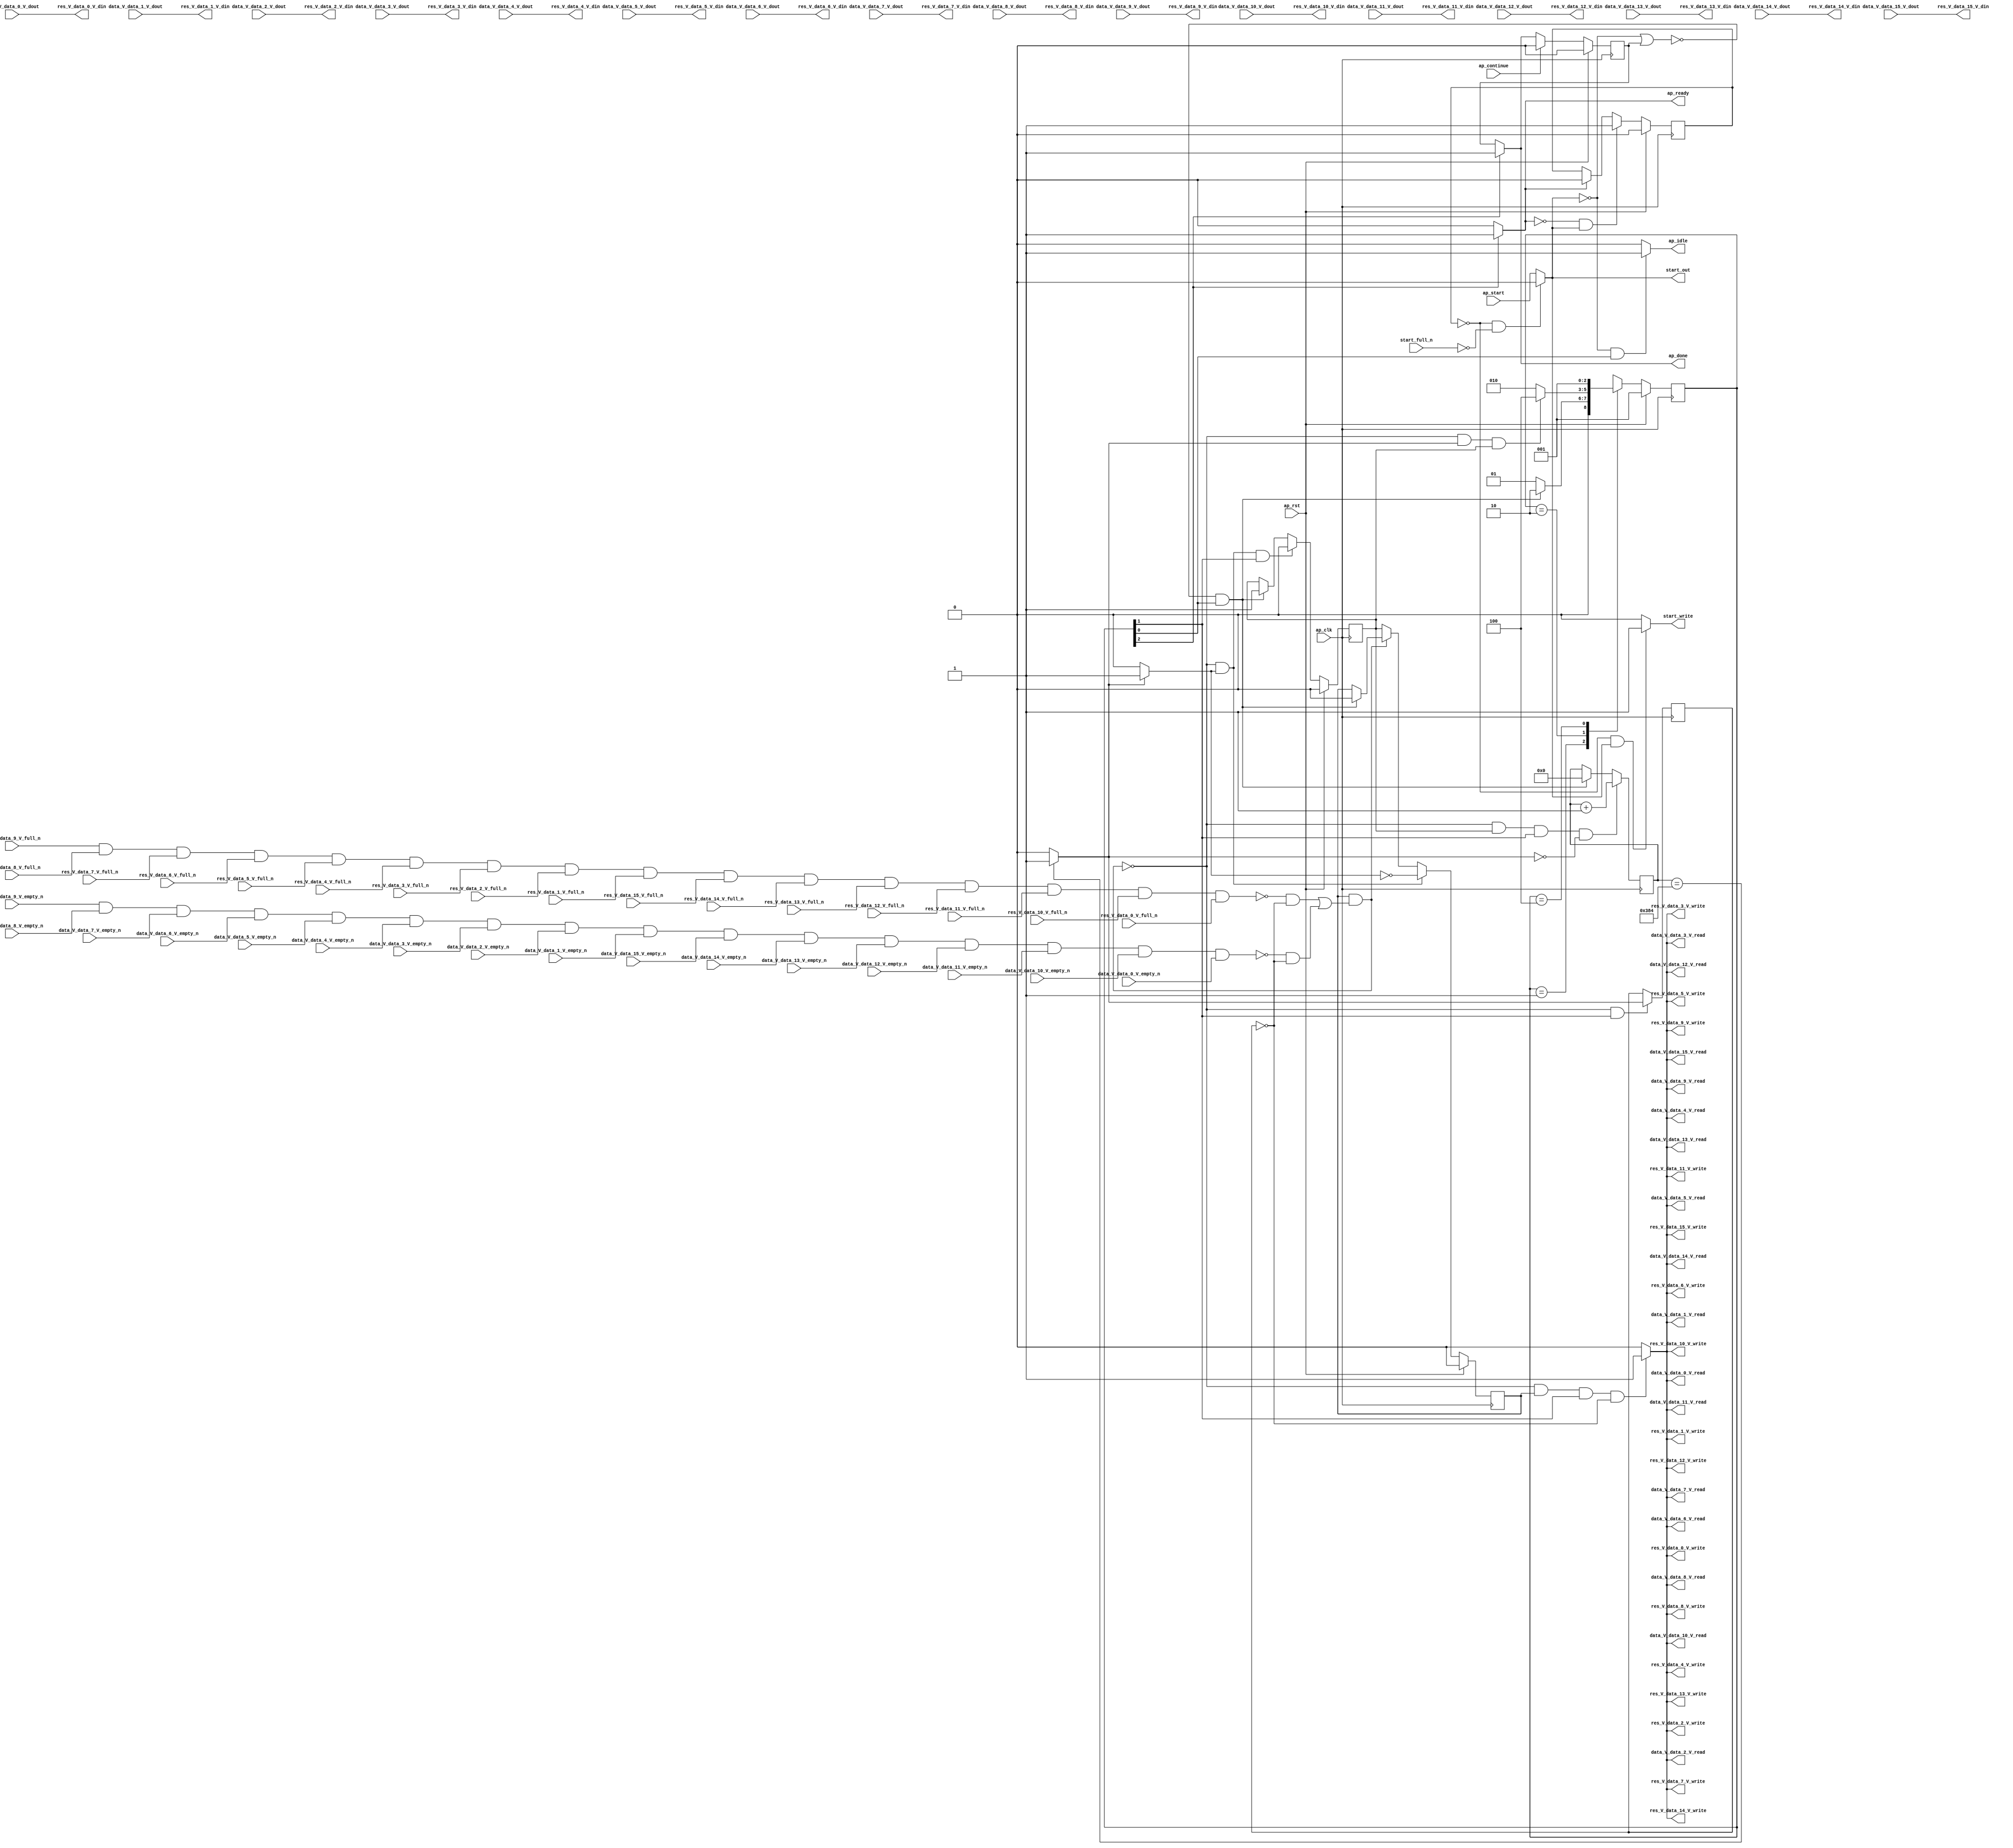
// ==============================================================
// RTL generated by Vivado(TM) HLS - High-Level Synthesis from C, C++ and OpenCL
// Version: 2019.2
// Copyright (C) 1986-2019 Xilinx, Inc. All Rights Reserved.
// 
// ===========================================================

`timescale 1 ns / 1 ps 

module linear_array_array_ap_fixed_16u_linear_config3_s (
        ap_clk,
        ap_rst,
        ap_start,
        start_full_n,
        ap_done,
        ap_continue,
        ap_idle,
        ap_ready,
        start_out,
        start_write,
        data_V_data_0_V_dout,
        data_V_data_0_V_empty_n,
        data_V_data_0_V_read,
        data_V_data_1_V_dout,
        data_V_data_1_V_empty_n,
        data_V_data_1_V_read,
        data_V_data_2_V_dout,
        data_V_data_2_V_empty_n,
        data_V_data_2_V_read,
        data_V_data_3_V_dout,
        data_V_data_3_V_empty_n,
        data_V_data_3_V_read,
        data_V_data_4_V_dout,
        data_V_data_4_V_empty_n,
        data_V_data_4_V_read,
        data_V_data_5_V_dout,
        data_V_data_5_V_empty_n,
        data_V_data_5_V_read,
        data_V_data_6_V_dout,
        data_V_data_6_V_empty_n,
        data_V_data_6_V_read,
        data_V_data_7_V_dout,
        data_V_data_7_V_empty_n,
        data_V_data_7_V_read,
        data_V_data_8_V_dout,
        data_V_data_8_V_empty_n,
        data_V_data_8_V_read,
        data_V_data_9_V_dout,
        data_V_data_9_V_empty_n,
        data_V_data_9_V_read,
        data_V_data_10_V_dout,
        data_V_data_10_V_empty_n,
        data_V_data_10_V_read,
        data_V_data_11_V_dout,
        data_V_data_11_V_empty_n,
        data_V_data_11_V_read,
        data_V_data_12_V_dout,
        data_V_data_12_V_empty_n,
        data_V_data_12_V_read,
        data_V_data_13_V_dout,
        data_V_data_13_V_empty_n,
        data_V_data_13_V_read,
        data_V_data_14_V_dout,
        data_V_data_14_V_empty_n,
        data_V_data_14_V_read,
        data_V_data_15_V_dout,
        data_V_data_15_V_empty_n,
        data_V_data_15_V_read,
        res_V_data_0_V_din,
        res_V_data_0_V_full_n,
        res_V_data_0_V_write,
        res_V_data_1_V_din,
        res_V_data_1_V_full_n,
        res_V_data_1_V_write,
        res_V_data_2_V_din,
        res_V_data_2_V_full_n,
        res_V_data_2_V_write,
        res_V_data_3_V_din,
        res_V_data_3_V_full_n,
        res_V_data_3_V_write,
        res_V_data_4_V_din,
        res_V_data_4_V_full_n,
        res_V_data_4_V_write,
        res_V_data_5_V_din,
        res_V_data_5_V_full_n,
        res_V_data_5_V_write,
        res_V_data_6_V_din,
        res_V_data_6_V_full_n,
        res_V_data_6_V_write,
        res_V_data_7_V_din,
        res_V_data_7_V_full_n,
        res_V_data_7_V_write,
        res_V_data_8_V_din,
        res_V_data_8_V_full_n,
        res_V_data_8_V_write,
        res_V_data_9_V_din,
        res_V_data_9_V_full_n,
        res_V_data_9_V_write,
        res_V_data_10_V_din,
        res_V_data_10_V_full_n,
        res_V_data_10_V_write,
        res_V_data_11_V_din,
        res_V_data_11_V_full_n,
        res_V_data_11_V_write,
        res_V_data_12_V_din,
        res_V_data_12_V_full_n,
        res_V_data_12_V_write,
        res_V_data_13_V_din,
        res_V_data_13_V_full_n,
        res_V_data_13_V_write,
        res_V_data_14_V_din,
        res_V_data_14_V_full_n,
        res_V_data_14_V_write,
        res_V_data_15_V_din,
        res_V_data_15_V_full_n,
        res_V_data_15_V_write
);

parameter    ap_ST_fsm_state1 = 3'd1;
parameter    ap_ST_fsm_pp0_stage0 = 3'd2;
parameter    ap_ST_fsm_state4 = 3'd4;

input   ap_clk;
input   ap_rst;
input   ap_start;
input   start_full_n;
output   ap_done;
input   ap_continue;
output   ap_idle;
output   ap_ready;
output   start_out;
output   start_write;
input  [15:0] data_V_data_0_V_dout;
input   data_V_data_0_V_empty_n;
output   data_V_data_0_V_read;
input  [15:0] data_V_data_1_V_dout;
input   data_V_data_1_V_empty_n;
output   data_V_data_1_V_read;
input  [15:0] data_V_data_2_V_dout;
input   data_V_data_2_V_empty_n;
output   data_V_data_2_V_read;
input  [15:0] data_V_data_3_V_dout;
input   data_V_data_3_V_empty_n;
output   data_V_data_3_V_read;
input  [15:0] data_V_data_4_V_dout;
input   data_V_data_4_V_empty_n;
output   data_V_data_4_V_read;
input  [15:0] data_V_data_5_V_dout;
input   data_V_data_5_V_empty_n;
output   data_V_data_5_V_read;
input  [15:0] data_V_data_6_V_dout;
input   data_V_data_6_V_empty_n;
output   data_V_data_6_V_read;
input  [15:0] data_V_data_7_V_dout;
input   data_V_data_7_V_empty_n;
output   data_V_data_7_V_read;
input  [15:0] data_V_data_8_V_dout;
input   data_V_data_8_V_empty_n;
output   data_V_data_8_V_read;
input  [15:0] data_V_data_9_V_dout;
input   data_V_data_9_V_empty_n;
output   data_V_data_9_V_read;
input  [15:0] data_V_data_10_V_dout;
input   data_V_data_10_V_empty_n;
output   data_V_data_10_V_read;
input  [15:0] data_V_data_11_V_dout;
input   data_V_data_11_V_empty_n;
output   data_V_data_11_V_read;
input  [15:0] data_V_data_12_V_dout;
input   data_V_data_12_V_empty_n;
output   data_V_data_12_V_read;
input  [15:0] data_V_data_13_V_dout;
input   data_V_data_13_V_empty_n;
output   data_V_data_13_V_read;
input  [15:0] data_V_data_14_V_dout;
input   data_V_data_14_V_empty_n;
output   data_V_data_14_V_read;
input  [15:0] data_V_data_15_V_dout;
input   data_V_data_15_V_empty_n;
output   data_V_data_15_V_read;
output  [15:0] res_V_data_0_V_din;
input   res_V_data_0_V_full_n;
output   res_V_data_0_V_write;
output  [15:0] res_V_data_1_V_din;
input   res_V_data_1_V_full_n;
output   res_V_data_1_V_write;
output  [15:0] res_V_data_2_V_din;
input   res_V_data_2_V_full_n;
output   res_V_data_2_V_write;
output  [15:0] res_V_data_3_V_din;
input   res_V_data_3_V_full_n;
output   res_V_data_3_V_write;
output  [15:0] res_V_data_4_V_din;
input   res_V_data_4_V_full_n;
output   res_V_data_4_V_write;
output  [15:0] res_V_data_5_V_din;
input   res_V_data_5_V_full_n;
output   res_V_data_5_V_write;
output  [15:0] res_V_data_6_V_din;
input   res_V_data_6_V_full_n;
output   res_V_data_6_V_write;
output  [15:0] res_V_data_7_V_din;
input   res_V_data_7_V_full_n;
output   res_V_data_7_V_write;
output  [15:0] res_V_data_8_V_din;
input   res_V_data_8_V_full_n;
output   res_V_data_8_V_write;
output  [15:0] res_V_data_9_V_din;
input   res_V_data_9_V_full_n;
output   res_V_data_9_V_write;
output  [15:0] res_V_data_10_V_din;
input   res_V_data_10_V_full_n;
output   res_V_data_10_V_write;
output  [15:0] res_V_data_11_V_din;
input   res_V_data_11_V_full_n;
output   res_V_data_11_V_write;
output  [15:0] res_V_data_12_V_din;
input   res_V_data_12_V_full_n;
output   res_V_data_12_V_write;
output  [15:0] res_V_data_13_V_din;
input   res_V_data_13_V_full_n;
output   res_V_data_13_V_write;
output  [15:0] res_V_data_14_V_din;
input   res_V_data_14_V_full_n;
output   res_V_data_14_V_write;
output  [15:0] res_V_data_15_V_din;
input   res_V_data_15_V_full_n;
output   res_V_data_15_V_write;

reg ap_done;
reg ap_idle;
reg start_write;
reg data_V_data_0_V_read;
reg data_V_data_1_V_read;
reg data_V_data_2_V_read;
reg data_V_data_3_V_read;
reg data_V_data_4_V_read;
reg data_V_data_5_V_read;
reg data_V_data_6_V_read;
reg data_V_data_7_V_read;
reg data_V_data_8_V_read;
reg data_V_data_9_V_read;
reg data_V_data_10_V_read;
reg data_V_data_11_V_read;
reg data_V_data_12_V_read;
reg data_V_data_13_V_read;
reg data_V_data_14_V_read;
reg data_V_data_15_V_read;
reg res_V_data_0_V_write;
reg res_V_data_1_V_write;
reg res_V_data_2_V_write;
reg res_V_data_3_V_write;
reg res_V_data_4_V_write;
reg res_V_data_5_V_write;
reg res_V_data_6_V_write;
reg res_V_data_7_V_write;
reg res_V_data_8_V_write;
reg res_V_data_9_V_write;
reg res_V_data_10_V_write;
reg res_V_data_11_V_write;
reg res_V_data_12_V_write;
reg res_V_data_13_V_write;
reg res_V_data_14_V_write;
reg res_V_data_15_V_write;

reg    real_start;
reg    start_once_reg;
reg    ap_done_reg;
(* fsm_encoding = "none" *) reg   [2:0] ap_CS_fsm;
wire    ap_CS_fsm_state1;
reg    internal_ap_ready;
reg    data_V_data_0_V_blk_n;
wire    ap_CS_fsm_pp0_stage0;
reg    ap_enable_reg_pp0_iter1;
wire    ap_block_pp0_stage0;
reg   [0:0] icmp_ln38_reg_679;
reg    data_V_data_1_V_blk_n;
reg    data_V_data_2_V_blk_n;
reg    data_V_data_3_V_blk_n;
reg    data_V_data_4_V_blk_n;
reg    data_V_data_5_V_blk_n;
reg    data_V_data_6_V_blk_n;
reg    data_V_data_7_V_blk_n;
reg    data_V_data_8_V_blk_n;
reg    data_V_data_9_V_blk_n;
reg    data_V_data_10_V_blk_n;
reg    data_V_data_11_V_blk_n;
reg    data_V_data_12_V_blk_n;
reg    data_V_data_13_V_blk_n;
reg    data_V_data_14_V_blk_n;
reg    data_V_data_15_V_blk_n;
reg    res_V_data_0_V_blk_n;
reg    res_V_data_1_V_blk_n;
reg    res_V_data_2_V_blk_n;
reg    res_V_data_3_V_blk_n;
reg    res_V_data_4_V_blk_n;
reg    res_V_data_5_V_blk_n;
reg    res_V_data_6_V_blk_n;
reg    res_V_data_7_V_blk_n;
reg    res_V_data_8_V_blk_n;
reg    res_V_data_9_V_blk_n;
reg    res_V_data_10_V_blk_n;
reg    res_V_data_11_V_blk_n;
reg    res_V_data_12_V_blk_n;
reg    res_V_data_13_V_blk_n;
reg    res_V_data_14_V_blk_n;
reg    res_V_data_15_V_blk_n;
reg   [9:0] i_0_reg_576;
wire   [0:0] icmp_ln38_fu_587_p2;
wire    ap_block_state2_pp0_stage0_iter0;
wire    io_acc_block_signal_op46;
wire    io_acc_block_signal_op63;
reg    ap_block_state3_pp0_stage0_iter1;
reg    ap_block_pp0_stage0_11001;
wire   [9:0] i_fu_593_p2;
reg    ap_enable_reg_pp0_iter0;
reg    ap_block_state1;
reg    ap_block_pp0_stage0_subdone;
reg    ap_condition_pp0_exit_iter0_state2;
reg    ap_block_pp0_stage0_01001;
wire    ap_CS_fsm_state4;
reg   [2:0] ap_NS_fsm;
reg    ap_idle_pp0;
wire    ap_enable_pp0;

// power-on initialization
initial begin
#0 start_once_reg = 1'b0;
#0 ap_done_reg = 1'b0;
#0 ap_CS_fsm = 3'd1;
#0 ap_enable_reg_pp0_iter1 = 1'b0;
#0 ap_enable_reg_pp0_iter0 = 1'b0;
end

always @ (posedge ap_clk) begin
    if (ap_rst == 1'b1) begin
        ap_CS_fsm <= ap_ST_fsm_state1;
    end else begin
        ap_CS_fsm <= ap_NS_fsm;
    end
end

always @ (posedge ap_clk) begin
    if (ap_rst == 1'b1) begin
        ap_done_reg <= 1'b0;
    end else begin
        if ((ap_continue == 1'b1)) begin
            ap_done_reg <= 1'b0;
        end else if ((1'b1 == ap_CS_fsm_state4)) begin
            ap_done_reg <= 1'b1;
        end
    end
end

always @ (posedge ap_clk) begin
    if (ap_rst == 1'b1) begin
        ap_enable_reg_pp0_iter0 <= 1'b0;
    end else begin
        if (((1'b0 == ap_block_pp0_stage0_subdone) & (1'b1 == ap_condition_pp0_exit_iter0_state2) & (1'b1 == ap_CS_fsm_pp0_stage0))) begin
            ap_enable_reg_pp0_iter0 <= 1'b0;
        end else if ((~((real_start == 1'b0) | (ap_done_reg == 1'b1)) & (1'b1 == ap_CS_fsm_state1))) begin
            ap_enable_reg_pp0_iter0 <= 1'b1;
        end
    end
end

always @ (posedge ap_clk) begin
    if (ap_rst == 1'b1) begin
        ap_enable_reg_pp0_iter1 <= 1'b0;
    end else begin
        if (((1'b0 == ap_block_pp0_stage0_subdone) & (1'b1 == ap_condition_pp0_exit_iter0_state2))) begin
            ap_enable_reg_pp0_iter1 <= (1'b1 ^ ap_condition_pp0_exit_iter0_state2);
        end else if ((1'b0 == ap_block_pp0_stage0_subdone)) begin
            ap_enable_reg_pp0_iter1 <= ap_enable_reg_pp0_iter0;
        end else if ((~((real_start == 1'b0) | (ap_done_reg == 1'b1)) & (1'b1 == ap_CS_fsm_state1))) begin
            ap_enable_reg_pp0_iter1 <= 1'b0;
        end
    end
end

always @ (posedge ap_clk) begin
    if (ap_rst == 1'b1) begin
        start_once_reg <= 1'b0;
    end else begin
        if (((internal_ap_ready == 1'b0) & (real_start == 1'b1))) begin
            start_once_reg <= 1'b1;
        end else if ((internal_ap_ready == 1'b1)) begin
            start_once_reg <= 1'b0;
        end
    end
end

always @ (posedge ap_clk) begin
    if (((1'b0 == ap_block_pp0_stage0_11001) & (ap_enable_reg_pp0_iter0 == 1'b1) & (1'b1 == ap_CS_fsm_pp0_stage0) & (icmp_ln38_fu_587_p2 == 1'd0))) begin
        i_0_reg_576 <= i_fu_593_p2;
    end else if ((~((real_start == 1'b0) | (ap_done_reg == 1'b1)) & (1'b1 == ap_CS_fsm_state1))) begin
        i_0_reg_576 <= 10'd0;
    end
end

always @ (posedge ap_clk) begin
    if (((1'b0 == ap_block_pp0_stage0_11001) & (1'b1 == ap_CS_fsm_pp0_stage0))) begin
        icmp_ln38_reg_679 <= icmp_ln38_fu_587_p2;
    end
end

always @ (*) begin
    if ((icmp_ln38_fu_587_p2 == 1'd1)) begin
        ap_condition_pp0_exit_iter0_state2 = 1'b1;
    end else begin
        ap_condition_pp0_exit_iter0_state2 = 1'b0;
    end
end

always @ (*) begin
    if ((1'b1 == ap_CS_fsm_state4)) begin
        ap_done = 1'b1;
    end else begin
        ap_done = ap_done_reg;
    end
end

always @ (*) begin
    if (((real_start == 1'b0) & (1'b1 == ap_CS_fsm_state1))) begin
        ap_idle = 1'b1;
    end else begin
        ap_idle = 1'b0;
    end
end

always @ (*) begin
    if (((ap_enable_reg_pp0_iter0 == 1'b0) & (ap_enable_reg_pp0_iter1 == 1'b0))) begin
        ap_idle_pp0 = 1'b1;
    end else begin
        ap_idle_pp0 = 1'b0;
    end
end

always @ (*) begin
    if (((ap_enable_reg_pp0_iter1 == 1'b1) & (1'b1 == ap_CS_fsm_pp0_stage0) & (icmp_ln38_reg_679 == 1'd0) & (1'b0 == ap_block_pp0_stage0))) begin
        data_V_data_0_V_blk_n = data_V_data_0_V_empty_n;
    end else begin
        data_V_data_0_V_blk_n = 1'b1;
    end
end

always @ (*) begin
    if (((1'b0 == ap_block_pp0_stage0_11001) & (ap_enable_reg_pp0_iter1 == 1'b1) & (1'b1 == ap_CS_fsm_pp0_stage0) & (icmp_ln38_reg_679 == 1'd0))) begin
        data_V_data_0_V_read = 1'b1;
    end else begin
        data_V_data_0_V_read = 1'b0;
    end
end

always @ (*) begin
    if (((ap_enable_reg_pp0_iter1 == 1'b1) & (1'b1 == ap_CS_fsm_pp0_stage0) & (icmp_ln38_reg_679 == 1'd0) & (1'b0 == ap_block_pp0_stage0))) begin
        data_V_data_10_V_blk_n = data_V_data_10_V_empty_n;
    end else begin
        data_V_data_10_V_blk_n = 1'b1;
    end
end

always @ (*) begin
    if (((1'b0 == ap_block_pp0_stage0_11001) & (ap_enable_reg_pp0_iter1 == 1'b1) & (1'b1 == ap_CS_fsm_pp0_stage0) & (icmp_ln38_reg_679 == 1'd0))) begin
        data_V_data_10_V_read = 1'b1;
    end else begin
        data_V_data_10_V_read = 1'b0;
    end
end

always @ (*) begin
    if (((ap_enable_reg_pp0_iter1 == 1'b1) & (1'b1 == ap_CS_fsm_pp0_stage0) & (icmp_ln38_reg_679 == 1'd0) & (1'b0 == ap_block_pp0_stage0))) begin
        data_V_data_11_V_blk_n = data_V_data_11_V_empty_n;
    end else begin
        data_V_data_11_V_blk_n = 1'b1;
    end
end

always @ (*) begin
    if (((1'b0 == ap_block_pp0_stage0_11001) & (ap_enable_reg_pp0_iter1 == 1'b1) & (1'b1 == ap_CS_fsm_pp0_stage0) & (icmp_ln38_reg_679 == 1'd0))) begin
        data_V_data_11_V_read = 1'b1;
    end else begin
        data_V_data_11_V_read = 1'b0;
    end
end

always @ (*) begin
    if (((ap_enable_reg_pp0_iter1 == 1'b1) & (1'b1 == ap_CS_fsm_pp0_stage0) & (icmp_ln38_reg_679 == 1'd0) & (1'b0 == ap_block_pp0_stage0))) begin
        data_V_data_12_V_blk_n = data_V_data_12_V_empty_n;
    end else begin
        data_V_data_12_V_blk_n = 1'b1;
    end
end

always @ (*) begin
    if (((1'b0 == ap_block_pp0_stage0_11001) & (ap_enable_reg_pp0_iter1 == 1'b1) & (1'b1 == ap_CS_fsm_pp0_stage0) & (icmp_ln38_reg_679 == 1'd0))) begin
        data_V_data_12_V_read = 1'b1;
    end else begin
        data_V_data_12_V_read = 1'b0;
    end
end

always @ (*) begin
    if (((ap_enable_reg_pp0_iter1 == 1'b1) & (1'b1 == ap_CS_fsm_pp0_stage0) & (icmp_ln38_reg_679 == 1'd0) & (1'b0 == ap_block_pp0_stage0))) begin
        data_V_data_13_V_blk_n = data_V_data_13_V_empty_n;
    end else begin
        data_V_data_13_V_blk_n = 1'b1;
    end
end

always @ (*) begin
    if (((1'b0 == ap_block_pp0_stage0_11001) & (ap_enable_reg_pp0_iter1 == 1'b1) & (1'b1 == ap_CS_fsm_pp0_stage0) & (icmp_ln38_reg_679 == 1'd0))) begin
        data_V_data_13_V_read = 1'b1;
    end else begin
        data_V_data_13_V_read = 1'b0;
    end
end

always @ (*) begin
    if (((ap_enable_reg_pp0_iter1 == 1'b1) & (1'b1 == ap_CS_fsm_pp0_stage0) & (icmp_ln38_reg_679 == 1'd0) & (1'b0 == ap_block_pp0_stage0))) begin
        data_V_data_14_V_blk_n = data_V_data_14_V_empty_n;
    end else begin
        data_V_data_14_V_blk_n = 1'b1;
    end
end

always @ (*) begin
    if (((1'b0 == ap_block_pp0_stage0_11001) & (ap_enable_reg_pp0_iter1 == 1'b1) & (1'b1 == ap_CS_fsm_pp0_stage0) & (icmp_ln38_reg_679 == 1'd0))) begin
        data_V_data_14_V_read = 1'b1;
    end else begin
        data_V_data_14_V_read = 1'b0;
    end
end

always @ (*) begin
    if (((ap_enable_reg_pp0_iter1 == 1'b1) & (1'b1 == ap_CS_fsm_pp0_stage0) & (icmp_ln38_reg_679 == 1'd0) & (1'b0 == ap_block_pp0_stage0))) begin
        data_V_data_15_V_blk_n = data_V_data_15_V_empty_n;
    end else begin
        data_V_data_15_V_blk_n = 1'b1;
    end
end

always @ (*) begin
    if (((1'b0 == ap_block_pp0_stage0_11001) & (ap_enable_reg_pp0_iter1 == 1'b1) & (1'b1 == ap_CS_fsm_pp0_stage0) & (icmp_ln38_reg_679 == 1'd0))) begin
        data_V_data_15_V_read = 1'b1;
    end else begin
        data_V_data_15_V_read = 1'b0;
    end
end

always @ (*) begin
    if (((ap_enable_reg_pp0_iter1 == 1'b1) & (1'b1 == ap_CS_fsm_pp0_stage0) & (icmp_ln38_reg_679 == 1'd0) & (1'b0 == ap_block_pp0_stage0))) begin
        data_V_data_1_V_blk_n = data_V_data_1_V_empty_n;
    end else begin
        data_V_data_1_V_blk_n = 1'b1;
    end
end

always @ (*) begin
    if (((1'b0 == ap_block_pp0_stage0_11001) & (ap_enable_reg_pp0_iter1 == 1'b1) & (1'b1 == ap_CS_fsm_pp0_stage0) & (icmp_ln38_reg_679 == 1'd0))) begin
        data_V_data_1_V_read = 1'b1;
    end else begin
        data_V_data_1_V_read = 1'b0;
    end
end

always @ (*) begin
    if (((ap_enable_reg_pp0_iter1 == 1'b1) & (1'b1 == ap_CS_fsm_pp0_stage0) & (icmp_ln38_reg_679 == 1'd0) & (1'b0 == ap_block_pp0_stage0))) begin
        data_V_data_2_V_blk_n = data_V_data_2_V_empty_n;
    end else begin
        data_V_data_2_V_blk_n = 1'b1;
    end
end

always @ (*) begin
    if (((1'b0 == ap_block_pp0_stage0_11001) & (ap_enable_reg_pp0_iter1 == 1'b1) & (1'b1 == ap_CS_fsm_pp0_stage0) & (icmp_ln38_reg_679 == 1'd0))) begin
        data_V_data_2_V_read = 1'b1;
    end else begin
        data_V_data_2_V_read = 1'b0;
    end
end

always @ (*) begin
    if (((ap_enable_reg_pp0_iter1 == 1'b1) & (1'b1 == ap_CS_fsm_pp0_stage0) & (icmp_ln38_reg_679 == 1'd0) & (1'b0 == ap_block_pp0_stage0))) begin
        data_V_data_3_V_blk_n = data_V_data_3_V_empty_n;
    end else begin
        data_V_data_3_V_blk_n = 1'b1;
    end
end

always @ (*) begin
    if (((1'b0 == ap_block_pp0_stage0_11001) & (ap_enable_reg_pp0_iter1 == 1'b1) & (1'b1 == ap_CS_fsm_pp0_stage0) & (icmp_ln38_reg_679 == 1'd0))) begin
        data_V_data_3_V_read = 1'b1;
    end else begin
        data_V_data_3_V_read = 1'b0;
    end
end

always @ (*) begin
    if (((ap_enable_reg_pp0_iter1 == 1'b1) & (1'b1 == ap_CS_fsm_pp0_stage0) & (icmp_ln38_reg_679 == 1'd0) & (1'b0 == ap_block_pp0_stage0))) begin
        data_V_data_4_V_blk_n = data_V_data_4_V_empty_n;
    end else begin
        data_V_data_4_V_blk_n = 1'b1;
    end
end

always @ (*) begin
    if (((1'b0 == ap_block_pp0_stage0_11001) & (ap_enable_reg_pp0_iter1 == 1'b1) & (1'b1 == ap_CS_fsm_pp0_stage0) & (icmp_ln38_reg_679 == 1'd0))) begin
        data_V_data_4_V_read = 1'b1;
    end else begin
        data_V_data_4_V_read = 1'b0;
    end
end

always @ (*) begin
    if (((ap_enable_reg_pp0_iter1 == 1'b1) & (1'b1 == ap_CS_fsm_pp0_stage0) & (icmp_ln38_reg_679 == 1'd0) & (1'b0 == ap_block_pp0_stage0))) begin
        data_V_data_5_V_blk_n = data_V_data_5_V_empty_n;
    end else begin
        data_V_data_5_V_blk_n = 1'b1;
    end
end

always @ (*) begin
    if (((1'b0 == ap_block_pp0_stage0_11001) & (ap_enable_reg_pp0_iter1 == 1'b1) & (1'b1 == ap_CS_fsm_pp0_stage0) & (icmp_ln38_reg_679 == 1'd0))) begin
        data_V_data_5_V_read = 1'b1;
    end else begin
        data_V_data_5_V_read = 1'b0;
    end
end

always @ (*) begin
    if (((ap_enable_reg_pp0_iter1 == 1'b1) & (1'b1 == ap_CS_fsm_pp0_stage0) & (icmp_ln38_reg_679 == 1'd0) & (1'b0 == ap_block_pp0_stage0))) begin
        data_V_data_6_V_blk_n = data_V_data_6_V_empty_n;
    end else begin
        data_V_data_6_V_blk_n = 1'b1;
    end
end

always @ (*) begin
    if (((1'b0 == ap_block_pp0_stage0_11001) & (ap_enable_reg_pp0_iter1 == 1'b1) & (1'b1 == ap_CS_fsm_pp0_stage0) & (icmp_ln38_reg_679 == 1'd0))) begin
        data_V_data_6_V_read = 1'b1;
    end else begin
        data_V_data_6_V_read = 1'b0;
    end
end

always @ (*) begin
    if (((ap_enable_reg_pp0_iter1 == 1'b1) & (1'b1 == ap_CS_fsm_pp0_stage0) & (icmp_ln38_reg_679 == 1'd0) & (1'b0 == ap_block_pp0_stage0))) begin
        data_V_data_7_V_blk_n = data_V_data_7_V_empty_n;
    end else begin
        data_V_data_7_V_blk_n = 1'b1;
    end
end

always @ (*) begin
    if (((1'b0 == ap_block_pp0_stage0_11001) & (ap_enable_reg_pp0_iter1 == 1'b1) & (1'b1 == ap_CS_fsm_pp0_stage0) & (icmp_ln38_reg_679 == 1'd0))) begin
        data_V_data_7_V_read = 1'b1;
    end else begin
        data_V_data_7_V_read = 1'b0;
    end
end

always @ (*) begin
    if (((ap_enable_reg_pp0_iter1 == 1'b1) & (1'b1 == ap_CS_fsm_pp0_stage0) & (icmp_ln38_reg_679 == 1'd0) & (1'b0 == ap_block_pp0_stage0))) begin
        data_V_data_8_V_blk_n = data_V_data_8_V_empty_n;
    end else begin
        data_V_data_8_V_blk_n = 1'b1;
    end
end

always @ (*) begin
    if (((1'b0 == ap_block_pp0_stage0_11001) & (ap_enable_reg_pp0_iter1 == 1'b1) & (1'b1 == ap_CS_fsm_pp0_stage0) & (icmp_ln38_reg_679 == 1'd0))) begin
        data_V_data_8_V_read = 1'b1;
    end else begin
        data_V_data_8_V_read = 1'b0;
    end
end

always @ (*) begin
    if (((ap_enable_reg_pp0_iter1 == 1'b1) & (1'b1 == ap_CS_fsm_pp0_stage0) & (icmp_ln38_reg_679 == 1'd0) & (1'b0 == ap_block_pp0_stage0))) begin
        data_V_data_9_V_blk_n = data_V_data_9_V_empty_n;
    end else begin
        data_V_data_9_V_blk_n = 1'b1;
    end
end

always @ (*) begin
    if (((1'b0 == ap_block_pp0_stage0_11001) & (ap_enable_reg_pp0_iter1 == 1'b1) & (1'b1 == ap_CS_fsm_pp0_stage0) & (icmp_ln38_reg_679 == 1'd0))) begin
        data_V_data_9_V_read = 1'b1;
    end else begin
        data_V_data_9_V_read = 1'b0;
    end
end

always @ (*) begin
    if ((1'b1 == ap_CS_fsm_state4)) begin
        internal_ap_ready = 1'b1;
    end else begin
        internal_ap_ready = 1'b0;
    end
end

always @ (*) begin
    if (((start_once_reg == 1'b0) & (start_full_n == 1'b0))) begin
        real_start = 1'b0;
    end else begin
        real_start = ap_start;
    end
end

always @ (*) begin
    if (((ap_enable_reg_pp0_iter1 == 1'b1) & (1'b1 == ap_CS_fsm_pp0_stage0) & (icmp_ln38_reg_679 == 1'd0) & (1'b0 == ap_block_pp0_stage0))) begin
        res_V_data_0_V_blk_n = res_V_data_0_V_full_n;
    end else begin
        res_V_data_0_V_blk_n = 1'b1;
    end
end

always @ (*) begin
    if (((1'b0 == ap_block_pp0_stage0_11001) & (ap_enable_reg_pp0_iter1 == 1'b1) & (1'b1 == ap_CS_fsm_pp0_stage0) & (icmp_ln38_reg_679 == 1'd0))) begin
        res_V_data_0_V_write = 1'b1;
    end else begin
        res_V_data_0_V_write = 1'b0;
    end
end

always @ (*) begin
    if (((ap_enable_reg_pp0_iter1 == 1'b1) & (1'b1 == ap_CS_fsm_pp0_stage0) & (icmp_ln38_reg_679 == 1'd0) & (1'b0 == ap_block_pp0_stage0))) begin
        res_V_data_10_V_blk_n = res_V_data_10_V_full_n;
    end else begin
        res_V_data_10_V_blk_n = 1'b1;
    end
end

always @ (*) begin
    if (((1'b0 == ap_block_pp0_stage0_11001) & (ap_enable_reg_pp0_iter1 == 1'b1) & (1'b1 == ap_CS_fsm_pp0_stage0) & (icmp_ln38_reg_679 == 1'd0))) begin
        res_V_data_10_V_write = 1'b1;
    end else begin
        res_V_data_10_V_write = 1'b0;
    end
end

always @ (*) begin
    if (((ap_enable_reg_pp0_iter1 == 1'b1) & (1'b1 == ap_CS_fsm_pp0_stage0) & (icmp_ln38_reg_679 == 1'd0) & (1'b0 == ap_block_pp0_stage0))) begin
        res_V_data_11_V_blk_n = res_V_data_11_V_full_n;
    end else begin
        res_V_data_11_V_blk_n = 1'b1;
    end
end

always @ (*) begin
    if (((1'b0 == ap_block_pp0_stage0_11001) & (ap_enable_reg_pp0_iter1 == 1'b1) & (1'b1 == ap_CS_fsm_pp0_stage0) & (icmp_ln38_reg_679 == 1'd0))) begin
        res_V_data_11_V_write = 1'b1;
    end else begin
        res_V_data_11_V_write = 1'b0;
    end
end

always @ (*) begin
    if (((ap_enable_reg_pp0_iter1 == 1'b1) & (1'b1 == ap_CS_fsm_pp0_stage0) & (icmp_ln38_reg_679 == 1'd0) & (1'b0 == ap_block_pp0_stage0))) begin
        res_V_data_12_V_blk_n = res_V_data_12_V_full_n;
    end else begin
        res_V_data_12_V_blk_n = 1'b1;
    end
end

always @ (*) begin
    if (((1'b0 == ap_block_pp0_stage0_11001) & (ap_enable_reg_pp0_iter1 == 1'b1) & (1'b1 == ap_CS_fsm_pp0_stage0) & (icmp_ln38_reg_679 == 1'd0))) begin
        res_V_data_12_V_write = 1'b1;
    end else begin
        res_V_data_12_V_write = 1'b0;
    end
end

always @ (*) begin
    if (((ap_enable_reg_pp0_iter1 == 1'b1) & (1'b1 == ap_CS_fsm_pp0_stage0) & (icmp_ln38_reg_679 == 1'd0) & (1'b0 == ap_block_pp0_stage0))) begin
        res_V_data_13_V_blk_n = res_V_data_13_V_full_n;
    end else begin
        res_V_data_13_V_blk_n = 1'b1;
    end
end

always @ (*) begin
    if (((1'b0 == ap_block_pp0_stage0_11001) & (ap_enable_reg_pp0_iter1 == 1'b1) & (1'b1 == ap_CS_fsm_pp0_stage0) & (icmp_ln38_reg_679 == 1'd0))) begin
        res_V_data_13_V_write = 1'b1;
    end else begin
        res_V_data_13_V_write = 1'b0;
    end
end

always @ (*) begin
    if (((ap_enable_reg_pp0_iter1 == 1'b1) & (1'b1 == ap_CS_fsm_pp0_stage0) & (icmp_ln38_reg_679 == 1'd0) & (1'b0 == ap_block_pp0_stage0))) begin
        res_V_data_14_V_blk_n = res_V_data_14_V_full_n;
    end else begin
        res_V_data_14_V_blk_n = 1'b1;
    end
end

always @ (*) begin
    if (((1'b0 == ap_block_pp0_stage0_11001) & (ap_enable_reg_pp0_iter1 == 1'b1) & (1'b1 == ap_CS_fsm_pp0_stage0) & (icmp_ln38_reg_679 == 1'd0))) begin
        res_V_data_14_V_write = 1'b1;
    end else begin
        res_V_data_14_V_write = 1'b0;
    end
end

always @ (*) begin
    if (((ap_enable_reg_pp0_iter1 == 1'b1) & (1'b1 == ap_CS_fsm_pp0_stage0) & (icmp_ln38_reg_679 == 1'd0) & (1'b0 == ap_block_pp0_stage0))) begin
        res_V_data_15_V_blk_n = res_V_data_15_V_full_n;
    end else begin
        res_V_data_15_V_blk_n = 1'b1;
    end
end

always @ (*) begin
    if (((1'b0 == ap_block_pp0_stage0_11001) & (ap_enable_reg_pp0_iter1 == 1'b1) & (1'b1 == ap_CS_fsm_pp0_stage0) & (icmp_ln38_reg_679 == 1'd0))) begin
        res_V_data_15_V_write = 1'b1;
    end else begin
        res_V_data_15_V_write = 1'b0;
    end
end

always @ (*) begin
    if (((ap_enable_reg_pp0_iter1 == 1'b1) & (1'b1 == ap_CS_fsm_pp0_stage0) & (icmp_ln38_reg_679 == 1'd0) & (1'b0 == ap_block_pp0_stage0))) begin
        res_V_data_1_V_blk_n = res_V_data_1_V_full_n;
    end else begin
        res_V_data_1_V_blk_n = 1'b1;
    end
end

always @ (*) begin
    if (((1'b0 == ap_block_pp0_stage0_11001) & (ap_enable_reg_pp0_iter1 == 1'b1) & (1'b1 == ap_CS_fsm_pp0_stage0) & (icmp_ln38_reg_679 == 1'd0))) begin
        res_V_data_1_V_write = 1'b1;
    end else begin
        res_V_data_1_V_write = 1'b0;
    end
end

always @ (*) begin
    if (((ap_enable_reg_pp0_iter1 == 1'b1) & (1'b1 == ap_CS_fsm_pp0_stage0) & (icmp_ln38_reg_679 == 1'd0) & (1'b0 == ap_block_pp0_stage0))) begin
        res_V_data_2_V_blk_n = res_V_data_2_V_full_n;
    end else begin
        res_V_data_2_V_blk_n = 1'b1;
    end
end

always @ (*) begin
    if (((1'b0 == ap_block_pp0_stage0_11001) & (ap_enable_reg_pp0_iter1 == 1'b1) & (1'b1 == ap_CS_fsm_pp0_stage0) & (icmp_ln38_reg_679 == 1'd0))) begin
        res_V_data_2_V_write = 1'b1;
    end else begin
        res_V_data_2_V_write = 1'b0;
    end
end

always @ (*) begin
    if (((ap_enable_reg_pp0_iter1 == 1'b1) & (1'b1 == ap_CS_fsm_pp0_stage0) & (icmp_ln38_reg_679 == 1'd0) & (1'b0 == ap_block_pp0_stage0))) begin
        res_V_data_3_V_blk_n = res_V_data_3_V_full_n;
    end else begin
        res_V_data_3_V_blk_n = 1'b1;
    end
end

always @ (*) begin
    if (((1'b0 == ap_block_pp0_stage0_11001) & (ap_enable_reg_pp0_iter1 == 1'b1) & (1'b1 == ap_CS_fsm_pp0_stage0) & (icmp_ln38_reg_679 == 1'd0))) begin
        res_V_data_3_V_write = 1'b1;
    end else begin
        res_V_data_3_V_write = 1'b0;
    end
end

always @ (*) begin
    if (((ap_enable_reg_pp0_iter1 == 1'b1) & (1'b1 == ap_CS_fsm_pp0_stage0) & (icmp_ln38_reg_679 == 1'd0) & (1'b0 == ap_block_pp0_stage0))) begin
        res_V_data_4_V_blk_n = res_V_data_4_V_full_n;
    end else begin
        res_V_data_4_V_blk_n = 1'b1;
    end
end

always @ (*) begin
    if (((1'b0 == ap_block_pp0_stage0_11001) & (ap_enable_reg_pp0_iter1 == 1'b1) & (1'b1 == ap_CS_fsm_pp0_stage0) & (icmp_ln38_reg_679 == 1'd0))) begin
        res_V_data_4_V_write = 1'b1;
    end else begin
        res_V_data_4_V_write = 1'b0;
    end
end

always @ (*) begin
    if (((ap_enable_reg_pp0_iter1 == 1'b1) & (1'b1 == ap_CS_fsm_pp0_stage0) & (icmp_ln38_reg_679 == 1'd0) & (1'b0 == ap_block_pp0_stage0))) begin
        res_V_data_5_V_blk_n = res_V_data_5_V_full_n;
    end else begin
        res_V_data_5_V_blk_n = 1'b1;
    end
end

always @ (*) begin
    if (((1'b0 == ap_block_pp0_stage0_11001) & (ap_enable_reg_pp0_iter1 == 1'b1) & (1'b1 == ap_CS_fsm_pp0_stage0) & (icmp_ln38_reg_679 == 1'd0))) begin
        res_V_data_5_V_write = 1'b1;
    end else begin
        res_V_data_5_V_write = 1'b0;
    end
end

always @ (*) begin
    if (((ap_enable_reg_pp0_iter1 == 1'b1) & (1'b1 == ap_CS_fsm_pp0_stage0) & (icmp_ln38_reg_679 == 1'd0) & (1'b0 == ap_block_pp0_stage0))) begin
        res_V_data_6_V_blk_n = res_V_data_6_V_full_n;
    end else begin
        res_V_data_6_V_blk_n = 1'b1;
    end
end

always @ (*) begin
    if (((1'b0 == ap_block_pp0_stage0_11001) & (ap_enable_reg_pp0_iter1 == 1'b1) & (1'b1 == ap_CS_fsm_pp0_stage0) & (icmp_ln38_reg_679 == 1'd0))) begin
        res_V_data_6_V_write = 1'b1;
    end else begin
        res_V_data_6_V_write = 1'b0;
    end
end

always @ (*) begin
    if (((ap_enable_reg_pp0_iter1 == 1'b1) & (1'b1 == ap_CS_fsm_pp0_stage0) & (icmp_ln38_reg_679 == 1'd0) & (1'b0 == ap_block_pp0_stage0))) begin
        res_V_data_7_V_blk_n = res_V_data_7_V_full_n;
    end else begin
        res_V_data_7_V_blk_n = 1'b1;
    end
end

always @ (*) begin
    if (((1'b0 == ap_block_pp0_stage0_11001) & (ap_enable_reg_pp0_iter1 == 1'b1) & (1'b1 == ap_CS_fsm_pp0_stage0) & (icmp_ln38_reg_679 == 1'd0))) begin
        res_V_data_7_V_write = 1'b1;
    end else begin
        res_V_data_7_V_write = 1'b0;
    end
end

always @ (*) begin
    if (((ap_enable_reg_pp0_iter1 == 1'b1) & (1'b1 == ap_CS_fsm_pp0_stage0) & (icmp_ln38_reg_679 == 1'd0) & (1'b0 == ap_block_pp0_stage0))) begin
        res_V_data_8_V_blk_n = res_V_data_8_V_full_n;
    end else begin
        res_V_data_8_V_blk_n = 1'b1;
    end
end

always @ (*) begin
    if (((1'b0 == ap_block_pp0_stage0_11001) & (ap_enable_reg_pp0_iter1 == 1'b1) & (1'b1 == ap_CS_fsm_pp0_stage0) & (icmp_ln38_reg_679 == 1'd0))) begin
        res_V_data_8_V_write = 1'b1;
    end else begin
        res_V_data_8_V_write = 1'b0;
    end
end

always @ (*) begin
    if (((ap_enable_reg_pp0_iter1 == 1'b1) & (1'b1 == ap_CS_fsm_pp0_stage0) & (icmp_ln38_reg_679 == 1'd0) & (1'b0 == ap_block_pp0_stage0))) begin
        res_V_data_9_V_blk_n = res_V_data_9_V_full_n;
    end else begin
        res_V_data_9_V_blk_n = 1'b1;
    end
end

always @ (*) begin
    if (((1'b0 == ap_block_pp0_stage0_11001) & (ap_enable_reg_pp0_iter1 == 1'b1) & (1'b1 == ap_CS_fsm_pp0_stage0) & (icmp_ln38_reg_679 == 1'd0))) begin
        res_V_data_9_V_write = 1'b1;
    end else begin
        res_V_data_9_V_write = 1'b0;
    end
end

always @ (*) begin
    if (((start_once_reg == 1'b0) & (real_start == 1'b1))) begin
        start_write = 1'b1;
    end else begin
        start_write = 1'b0;
    end
end

always @ (*) begin
    case (ap_CS_fsm)
        ap_ST_fsm_state1 : begin
            if ((~((real_start == 1'b0) | (ap_done_reg == 1'b1)) & (1'b1 == ap_CS_fsm_state1))) begin
                ap_NS_fsm = ap_ST_fsm_pp0_stage0;
            end else begin
                ap_NS_fsm = ap_ST_fsm_state1;
            end
        end
        ap_ST_fsm_pp0_stage0 : begin
            if (~((1'b0 == ap_block_pp0_stage0_subdone) & (icmp_ln38_fu_587_p2 == 1'd1) & (ap_enable_reg_pp0_iter0 == 1'b1))) begin
                ap_NS_fsm = ap_ST_fsm_pp0_stage0;
            end else if (((1'b0 == ap_block_pp0_stage0_subdone) & (icmp_ln38_fu_587_p2 == 1'd1) & (ap_enable_reg_pp0_iter0 == 1'b1))) begin
                ap_NS_fsm = ap_ST_fsm_state4;
            end else begin
                ap_NS_fsm = ap_ST_fsm_pp0_stage0;
            end
        end
        ap_ST_fsm_state4 : begin
            ap_NS_fsm = ap_ST_fsm_state1;
        end
        default : begin
            ap_NS_fsm = 'bx;
        end
    endcase
end

assign ap_CS_fsm_pp0_stage0 = ap_CS_fsm[32'd1];

assign ap_CS_fsm_state1 = ap_CS_fsm[32'd0];

assign ap_CS_fsm_state4 = ap_CS_fsm[32'd2];

assign ap_block_pp0_stage0 = ~(1'b1 == 1'b1);

always @ (*) begin
    ap_block_pp0_stage0_01001 = ((ap_enable_reg_pp0_iter1 == 1'b1) & (((io_acc_block_signal_op63 == 1'b0) & (icmp_ln38_reg_679 == 1'd0)) | ((io_acc_block_signal_op46 == 1'b0) & (icmp_ln38_reg_679 == 1'd0))));
end

always @ (*) begin
    ap_block_pp0_stage0_11001 = ((ap_enable_reg_pp0_iter1 == 1'b1) & (((io_acc_block_signal_op63 == 1'b0) & (icmp_ln38_reg_679 == 1'd0)) | ((io_acc_block_signal_op46 == 1'b0) & (icmp_ln38_reg_679 == 1'd0))));
end

always @ (*) begin
    ap_block_pp0_stage0_subdone = ((ap_enable_reg_pp0_iter1 == 1'b1) & (((io_acc_block_signal_op63 == 1'b0) & (icmp_ln38_reg_679 == 1'd0)) | ((io_acc_block_signal_op46 == 1'b0) & (icmp_ln38_reg_679 == 1'd0))));
end

always @ (*) begin
    ap_block_state1 = ((real_start == 1'b0) | (ap_done_reg == 1'b1));
end

assign ap_block_state2_pp0_stage0_iter0 = ~(1'b1 == 1'b1);

always @ (*) begin
    ap_block_state3_pp0_stage0_iter1 = (((io_acc_block_signal_op63 == 1'b0) & (icmp_ln38_reg_679 == 1'd0)) | ((io_acc_block_signal_op46 == 1'b0) & (icmp_ln38_reg_679 == 1'd0)));
end

assign ap_enable_pp0 = (ap_idle_pp0 ^ 1'b1);

assign ap_ready = internal_ap_ready;

assign i_fu_593_p2 = (i_0_reg_576 + 10'd1);

assign icmp_ln38_fu_587_p2 = ((i_0_reg_576 == 10'd900) ? 1'b1 : 1'b0);

assign io_acc_block_signal_op46 = (data_V_data_9_V_empty_n & data_V_data_8_V_empty_n & data_V_data_7_V_empty_n & data_V_data_6_V_empty_n & data_V_data_5_V_empty_n & data_V_data_4_V_empty_n & data_V_data_3_V_empty_n & data_V_data_2_V_empty_n & data_V_data_1_V_empty_n & data_V_data_15_V_empty_n & data_V_data_14_V_empty_n & data_V_data_13_V_empty_n & data_V_data_12_V_empty_n & data_V_data_11_V_empty_n & data_V_data_10_V_empty_n & data_V_data_0_V_empty_n);

assign io_acc_block_signal_op63 = (res_V_data_9_V_full_n & res_V_data_8_V_full_n & res_V_data_7_V_full_n & res_V_data_6_V_full_n & res_V_data_5_V_full_n & res_V_data_4_V_full_n & res_V_data_3_V_full_n & res_V_data_2_V_full_n & res_V_data_1_V_full_n & res_V_data_15_V_full_n & res_V_data_14_V_full_n & res_V_data_13_V_full_n & res_V_data_12_V_full_n & res_V_data_11_V_full_n & res_V_data_10_V_full_n & res_V_data_0_V_full_n);

assign res_V_data_0_V_din = data_V_data_0_V_dout;

assign res_V_data_10_V_din = data_V_data_10_V_dout;

assign res_V_data_11_V_din = data_V_data_11_V_dout;

assign res_V_data_12_V_din = data_V_data_12_V_dout;

assign res_V_data_13_V_din = data_V_data_13_V_dout;

assign res_V_data_14_V_din = data_V_data_14_V_dout;

assign res_V_data_15_V_din = data_V_data_15_V_dout;

assign res_V_data_1_V_din = data_V_data_1_V_dout;

assign res_V_data_2_V_din = data_V_data_2_V_dout;

assign res_V_data_3_V_din = data_V_data_3_V_dout;

assign res_V_data_4_V_din = data_V_data_4_V_dout;

assign res_V_data_5_V_din = data_V_data_5_V_dout;

assign res_V_data_6_V_din = data_V_data_6_V_dout;

assign res_V_data_7_V_din = data_V_data_7_V_dout;

assign res_V_data_8_V_din = data_V_data_8_V_dout;

assign res_V_data_9_V_din = data_V_data_9_V_dout;

assign start_out = real_start;

endmodule //linear_array_array_ap_fixed_16u_linear_config3_s